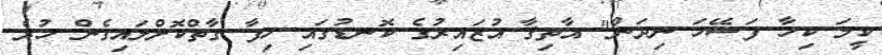
ކީމަ ކިހާ ފަސޭހަ ނިދަން" އާތިޤާ އުޒައިރުގެ ކޮނޑުގައި ހިފާ ގާތްކޮށްލައިގެން ހުރެ